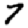
Digit: 7